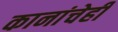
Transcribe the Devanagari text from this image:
कानांचेही